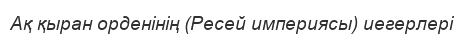
Ақ қыран орденінің (Ресей империясы) иегерлері